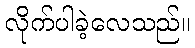
လိုက်ပါခဲ့လေသည်။